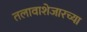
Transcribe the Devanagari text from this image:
तलावाशेजारच्या